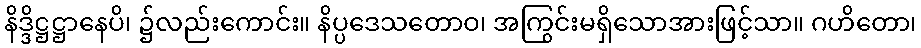
နိဒ္ဒိဋ္ဌဋ္ဌာနေပိ၊ ၌လည်းကောင်း။ နိပ္ပဒေသတောဝ၊ အကြွင်းမရှိသောအားဖြင့်သာ။ ဂဟိတော၊